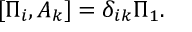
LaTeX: [ \Pi _ { i } , A _ { k } ] = \delta _ { i k } \Pi _ { 1 } .